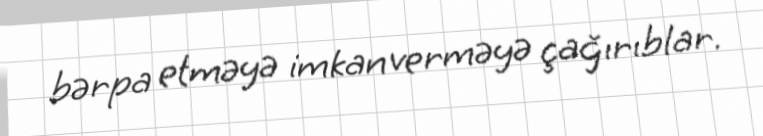
bərpa etməyə imkan verməyə çağırıblar.